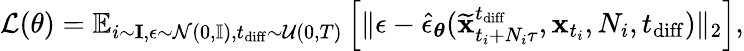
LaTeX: \mathcal{L}(\theta)=\mathbb{E}_{i\sim\mathbf{I},\epsilon\sim\mathcal{N}(0,\mathbb{I}),t_{\mathrm{diff}}\sim\mathcal{U}(0,T)}\left[\lVert\epsilon-\hat{\epsilon}_{\boldsymbol{\theta}}(\widetilde{\mathbf{x}}_{t_{i}+N_{i}\tau}^{t_{\mathrm{diff}}},\mathbf{x}_{t_{i}},N_{i},t_{\mathrm{diff}})\rVert_{2}\right],